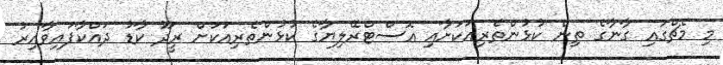
މި މެޗްގައި ގާނާގެ ތިން ކުޅުންތެރިއަކަށާއި އޮސްޓްރޭލިޔާގެ ކުޅުންތެރިއަކަށް ރީދޫ ކާޑު ދައްކާފައިވާއިރު